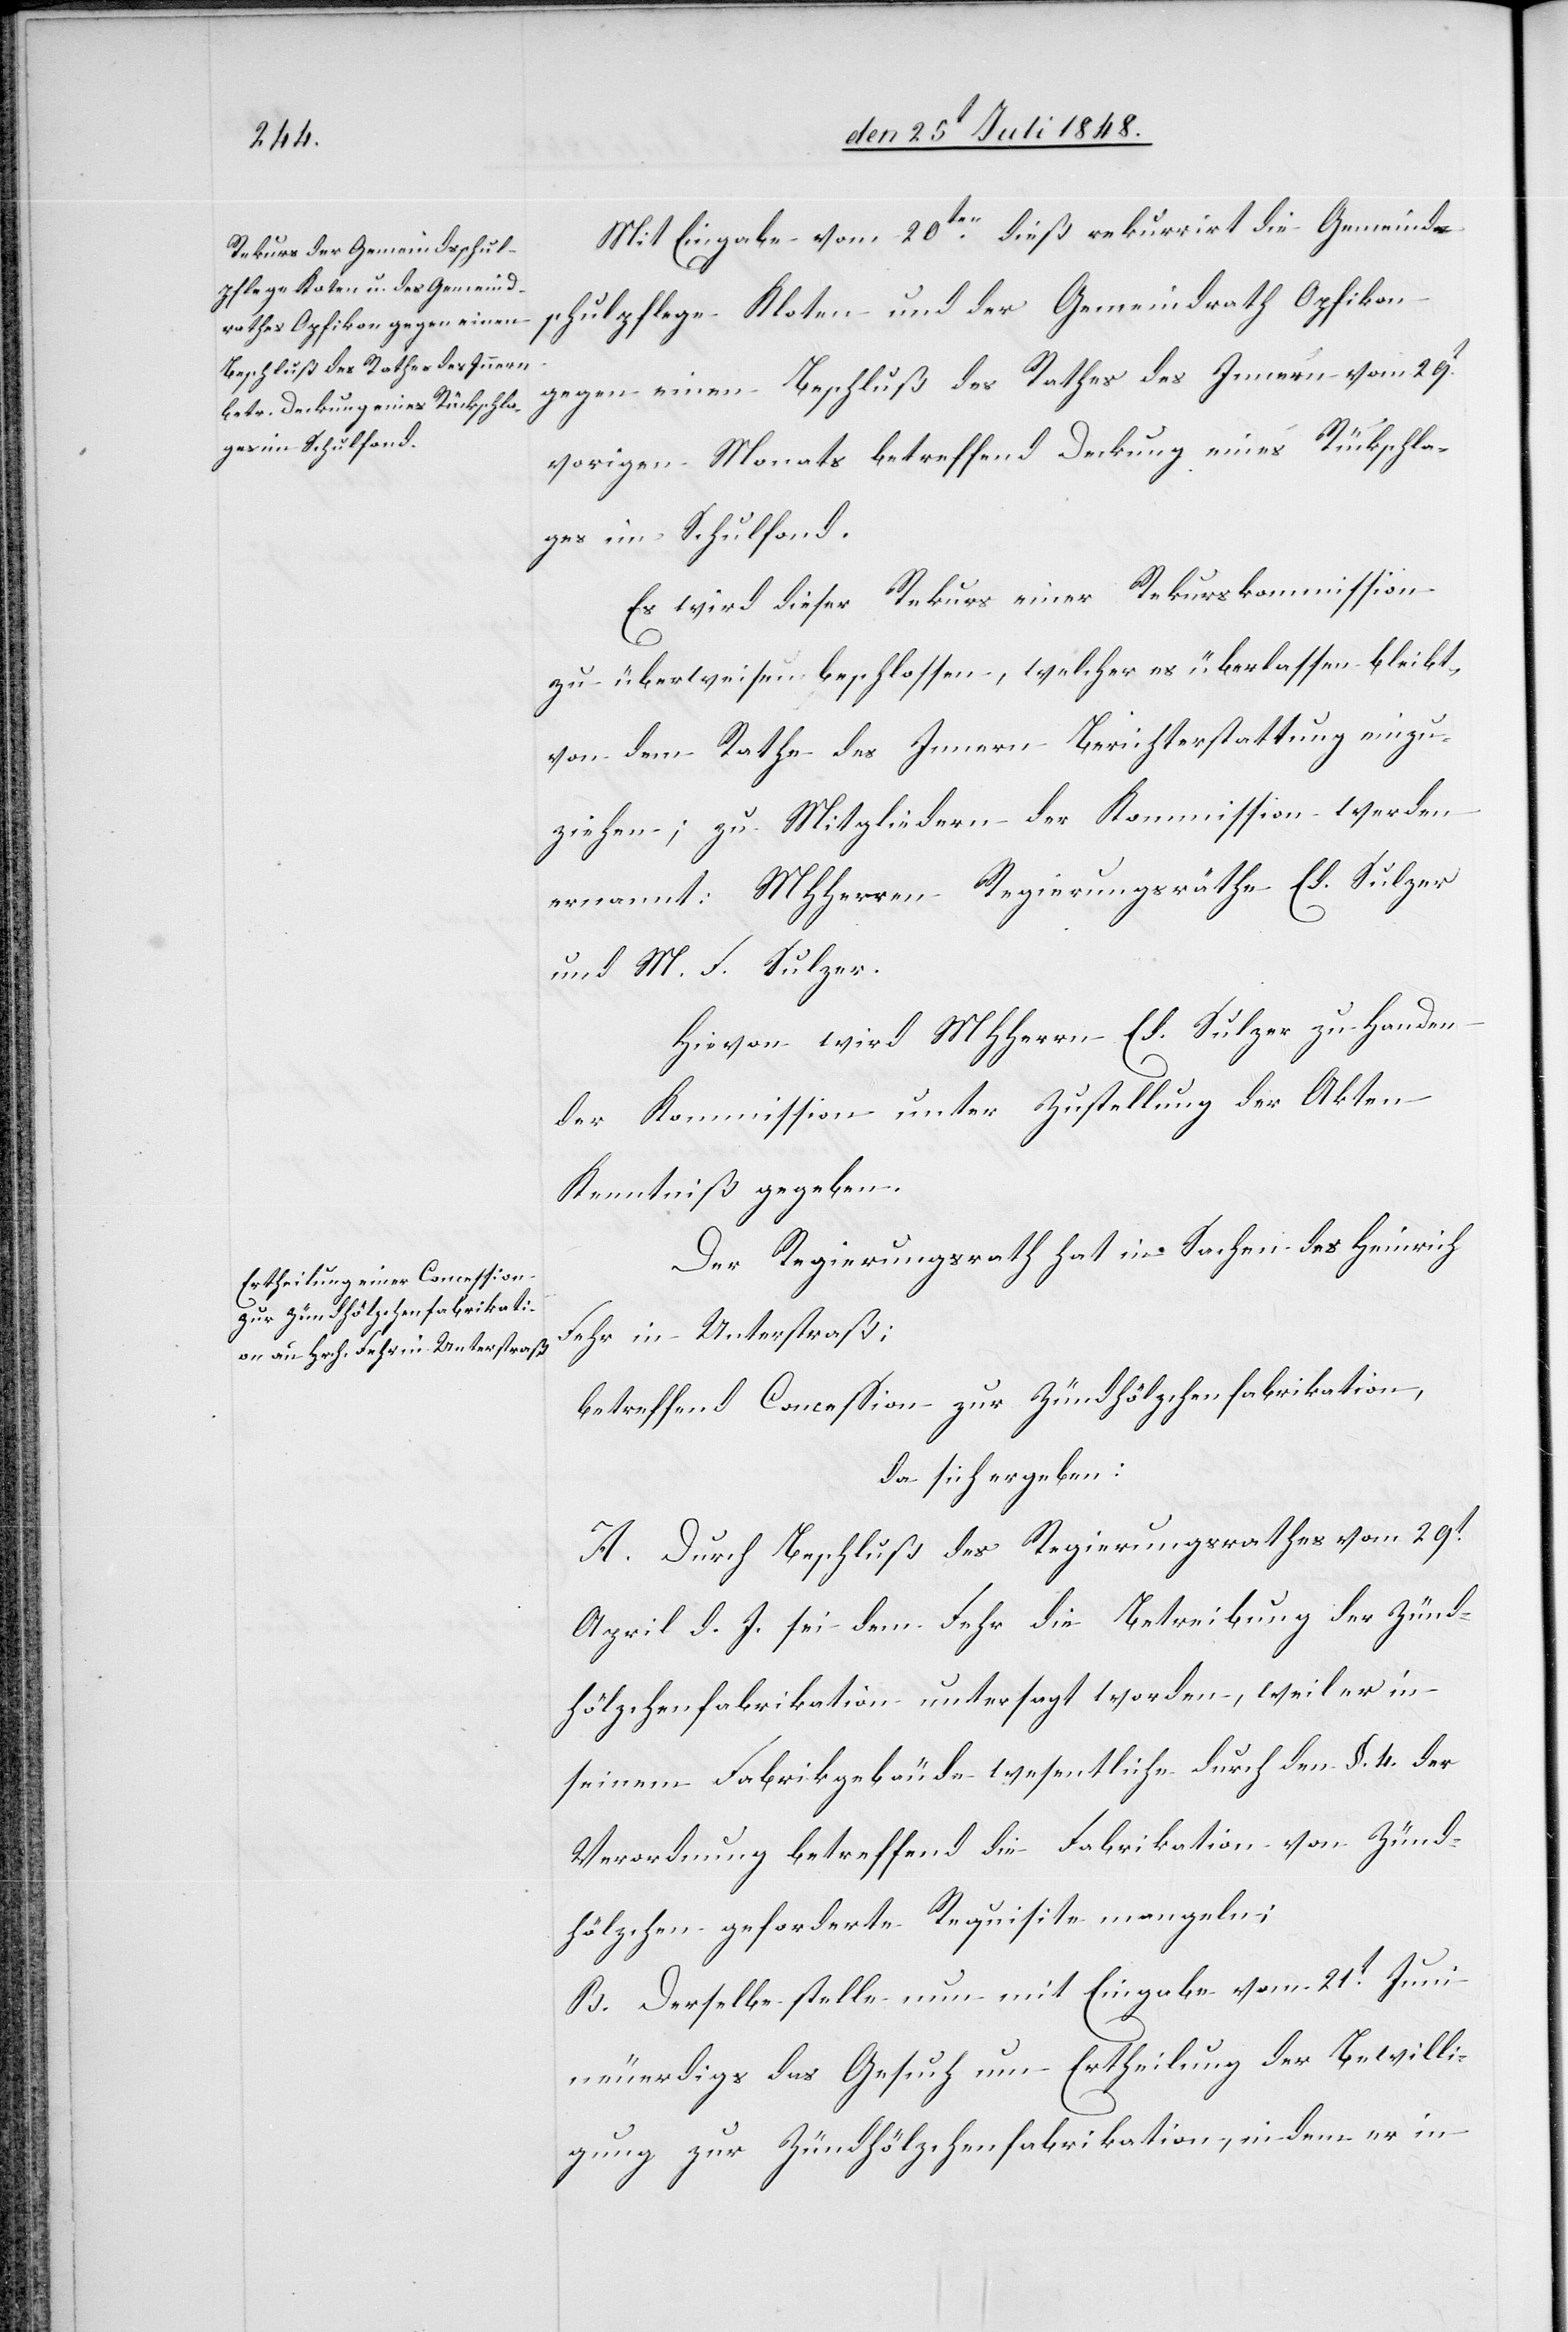
Mit Eingabe vom 20ten dieß rekurrirt die Gemeind¬
schulpflege Kloten und der Gemeindrath Opfikon
gegen einen Beschluß des Rathes des Innern vom 29t
vorigen Monats betreffend Deckung eines Rückschla¬
ges im Schulfond.
Es wird dieser Rekurs einer Rekurskommission
zu überweisen beschlossen, welcher es überlassen bleibt,
von dem Rathe des Innern Berichterstattung einzu¬
ziehen; zu Mitgliedern der Kommission werden
ernannt: MHHerren Regierungsräthe Ed. Sulzer
und M. F. Sulzer.
Hievon wird MHHerrn Ed. Sulzer zu Handen
der Kommission unter Zustellung der Akten
Kenntniß gegeben.
Der Regierungsrath hat in Sachen des Heinrich
Fehr in Unterstraß;
betreffend Concession zur Zündhölzchenfabrikation,
da sich ergeben:
A. Durch Beschluß des Regierungsrathes vom 29t
April d. J. sei dem Fehr die Betreibung der Zünd¬
hölzchenfabrikation untersagt worden, weil er in
seinem Fabrikgebäude wesentliche durch den §. 4. der
Verordnung betreffend die Fabrikation von Zünd¬
hölzchen geforderte Requisite mangeln;
B. Derselbe stelle nun mit Eingabe vom 21t Juni
neuerdi[n]gs das Gesuch um Ertheilung der Bewilli¬
gung zur Zündhölzchenfabrikation, indem er in